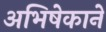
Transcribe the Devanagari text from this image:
अभिषेकाने